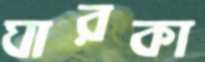
ঘারকা